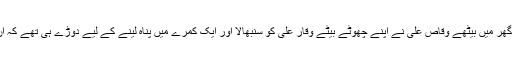
سرحد کے قریب واقع اپنے گھر میں بیٹھے وقاص علی نے اپنے چھوٹے بیٹے وقار علی کو سنبھالا اور ایک کمرے میں پناہ لینے کے لیے دوڑے ہی تھے کہ ان کے صحن میں گولہ آ گرا۔